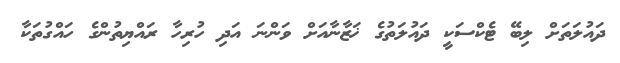
ދައުލަތަށް ލިބޭ ޓެކްސަކީ ދައުލަތުގެ ޚަޒާނާއަށް ވަންނަ އަދި ހުރިހާ ރައްޔިތުންގެ ހައްގުތަކާ